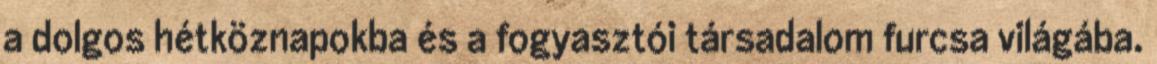
a dolgos hétköznapokba és a fogyasztói társadalom furcsa világába.